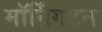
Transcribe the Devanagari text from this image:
मॉर्निंगटन